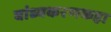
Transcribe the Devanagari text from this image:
बांध्यकरणकहा